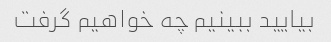
بیایید ببینیم چه خواهیم گرفت